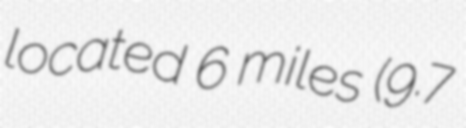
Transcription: located 6 miles (9.7